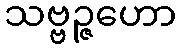
သဗ္ဗဉ္ဇဟော